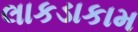
લાકડાકામ